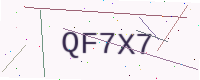
Text: QF7X7